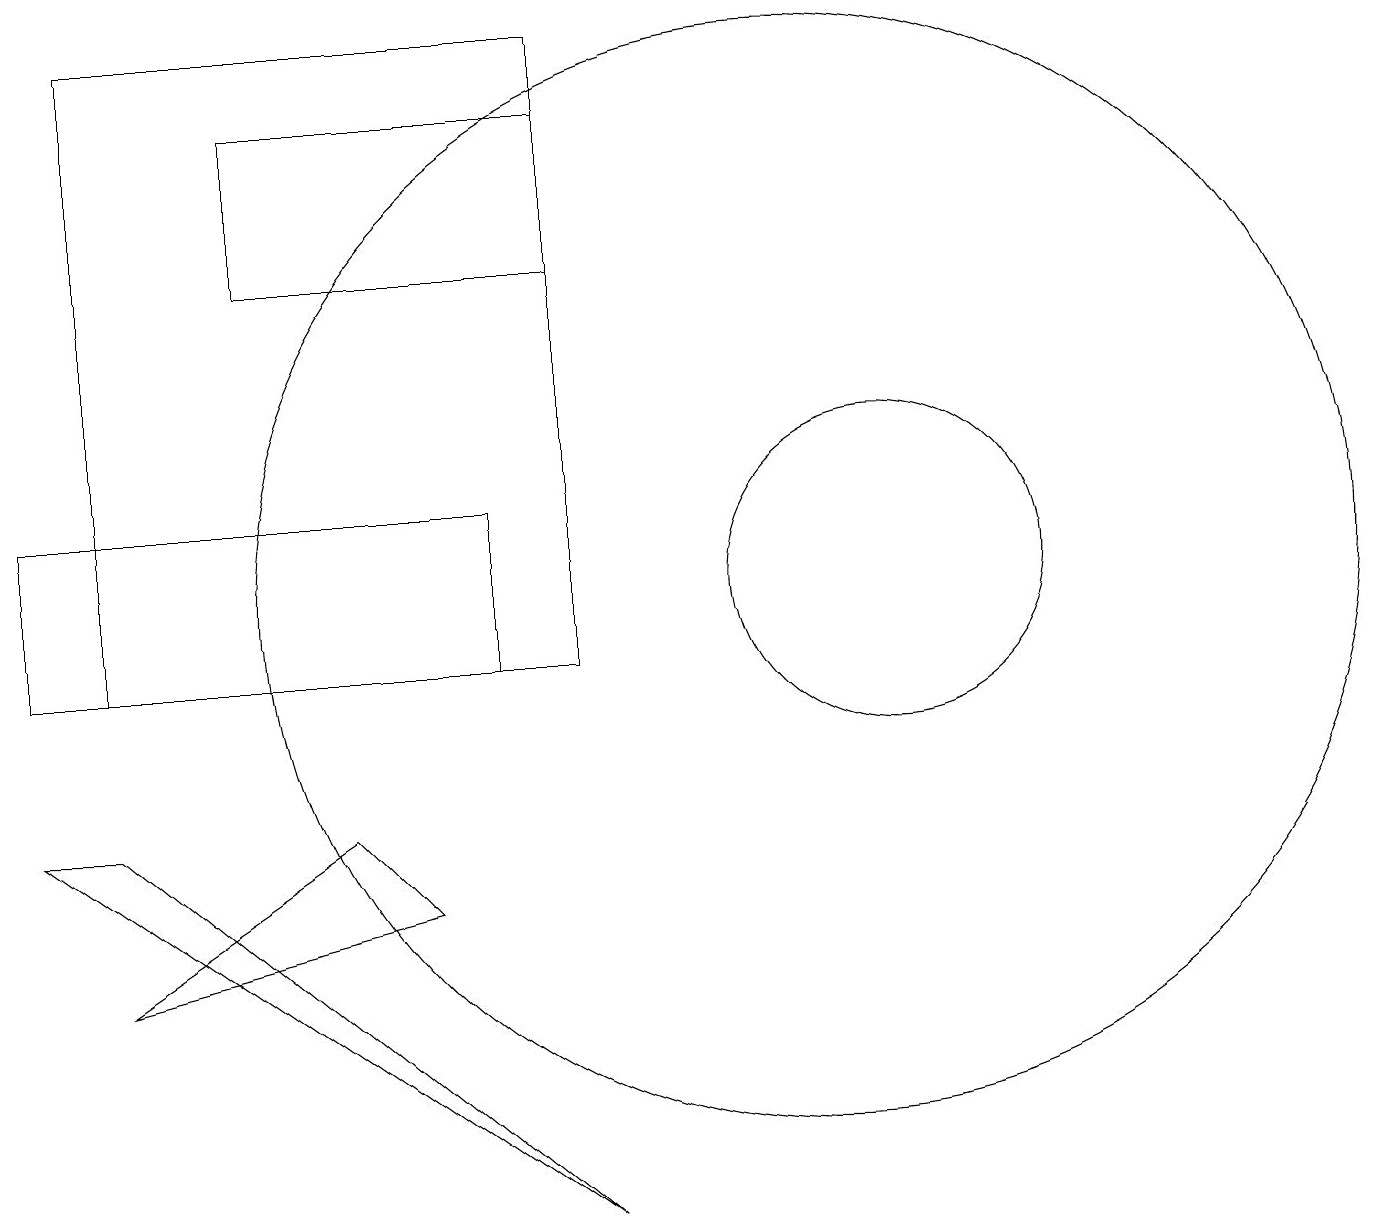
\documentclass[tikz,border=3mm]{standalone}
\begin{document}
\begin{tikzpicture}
\draw (10,11) circle (7);
\draw (6,12) rectangle (0,10);
\draw (11,11) circle (2);
\draw (1,6) -- (5,7) -- (4,8) -- cycle;
\draw (7,17) rectangle (3,15);
\draw (7,3) -- (1,8) -- (0,8) -- cycle;
\draw (1,18) rectangle (7,10);
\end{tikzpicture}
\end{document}